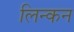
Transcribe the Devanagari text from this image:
लिन्कन